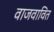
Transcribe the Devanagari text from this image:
वाजवावित